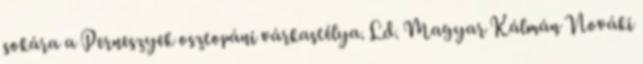
sokára a Perneszyek osztopáni várkastélya. Ld. Magyar Kálmán Nováki